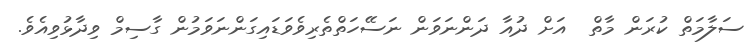
ސަލާމަތް ކުރަން މާތް  އަށް ދުއާ ދަންނަވަން ނަސޭހަތްތެރިވެވަޑައިގަންނަވަމުން ގާސިމް ވިދާޅުވިއެވެ.